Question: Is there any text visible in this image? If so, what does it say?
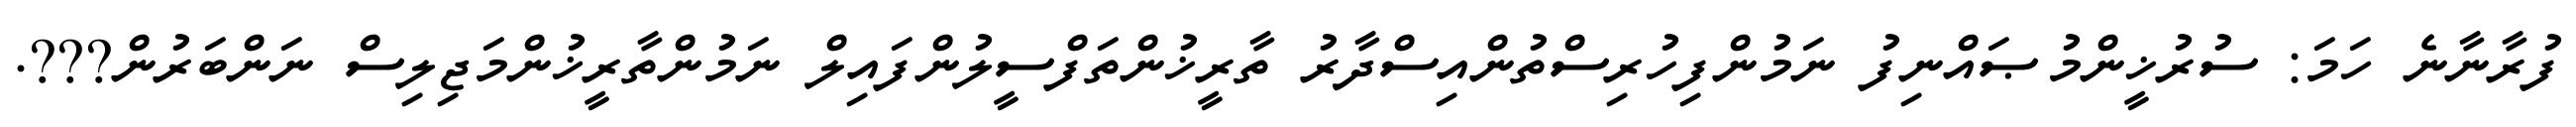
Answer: ފުރާނާނެ ހަމަ: ސުރުޚީންމުޞައްނިފު ނަމުންފިހުރިސްތުންއިސްދާރު ތާރީޚުންތަފްސީލުންފައިލް ނަމުންތާރީޚުންމަޖިލިސް ނަންބަރުން???.